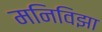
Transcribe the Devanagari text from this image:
मनिविझा